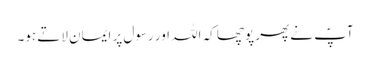
آپؐ نے پھر پوچھا کہ اللہ اور رسول پر ایمان لاتے ہو۔